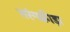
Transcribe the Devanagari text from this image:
तरंगक्रीड़ा